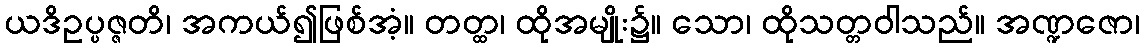
ယဒိဥပ္ပဇ္ဇတိ၊ အကယ်၍ဖြစ်အံ့။ တတ္ထ၊ ထိုအမျိုး၌။ သော၊ ထိုသတ္တဝါသည်။ အဏ္ဍဇော၊